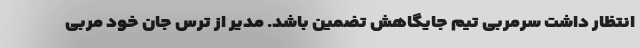
انتظار داشت سرمربی تیم جایگاهش تضمین باشد. مدیر از ترس جان خود مربی